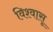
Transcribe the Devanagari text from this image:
विश्‍वासू